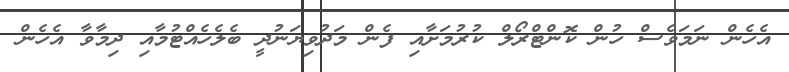
އެހެން ނަމަވެސް ހުން ކޮންޓްރޯލް ކުރުމަށާއި ފެން މަދުވިޔަނުދީ ބެލެހެއްޓުމާއި ދިމާވާ އެހެން